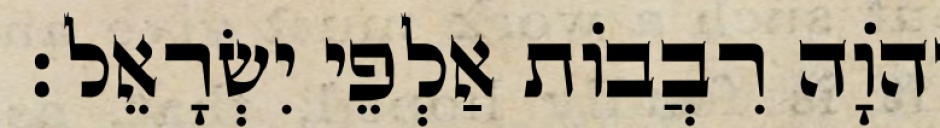
יְהֹוָה רִבֲבוֹת אַלְפֵי יִשְׂרָאֵל׃